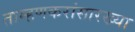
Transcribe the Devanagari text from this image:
ताम्हणकरांसारख्या